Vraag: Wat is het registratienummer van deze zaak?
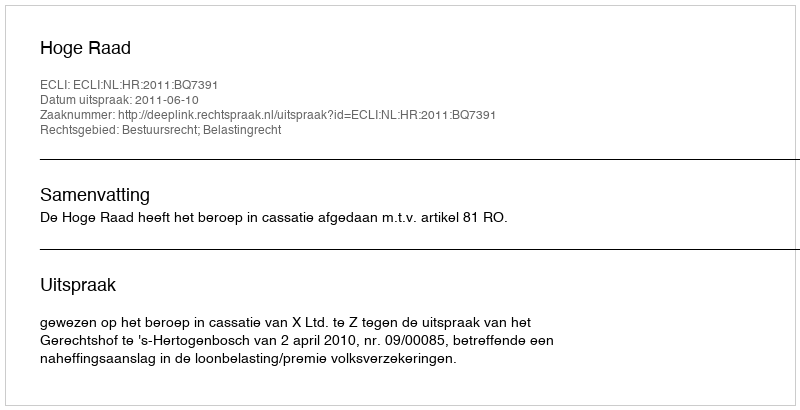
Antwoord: http://deeplink.rechtspraak.nl/uitspraak?id=ECLI:NL:HR:2011:BQ7391